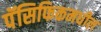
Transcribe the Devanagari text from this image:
पॅसिफिकमधील